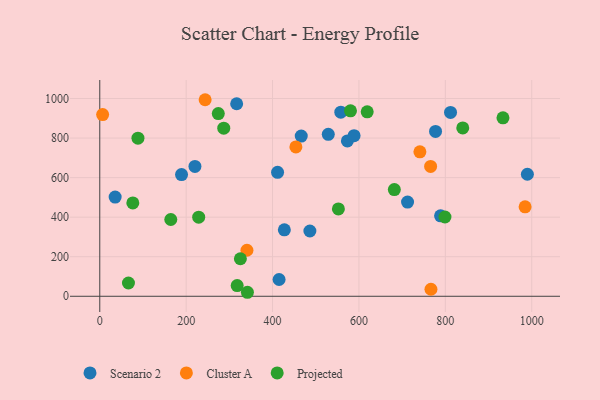
{"axis": {"x": "Investment", "y": "Rating"}, "legend": ["Cluster A", "Projected", "Scenario 2"], "data": [{"x": "777.3", "y": 833.7, "type": "Scenario 2"}, {"x": "788.9", "y": 406.7, "type": "Scenario 2"}, {"x": "989.9", "y": 617.0, "type": "Scenario 2"}, {"x": "529.0", "y": 818.8, "type": "Scenario 2"}, {"x": "466.4", "y": 810.2, "type": "Scenario 2"}, {"x": "712.5", "y": 476.3, "type": "Scenario 2"}, {"x": "411.6", "y": 626.7, "type": "Scenario 2"}, {"x": "35.6", "y": 501.4, "type": "Scenario 2"}, {"x": "316.9", "y": 973.5, "type": "Scenario 2"}, {"x": "812.0", "y": 929.8, "type": "Scenario 2"}, {"x": "220.3", "y": 656.4, "type": "Scenario 2"}, {"x": "189.3", "y": 615.2, "type": "Scenario 2"}, {"x": "427.3", "y": 335.8, "type": "Scenario 2"}, {"x": "573.2", "y": 785.5, "type": "Scenario 2"}, {"x": "558.0", "y": 930.7, "type": "Scenario 2"}, {"x": "588.7", "y": 812.0, "type": "Scenario 2"}, {"x": "415.1", "y": 84.7, "type": "Scenario 2"}, {"x": "486.4", "y": 330.1, "type": "Scenario 2"}, {"x": "741.1", "y": 730.2, "type": "Cluster A"}, {"x": "765.9", "y": 656.6, "type": "Cluster A"}, {"x": "6.6", "y": 918.6, "type": "Cluster A"}, {"x": "454.0", "y": 755.1, "type": "Cluster A"}, {"x": "243.9", "y": 993.8, "type": "Cluster A"}, {"x": "340.7", "y": 232.8, "type": "Cluster A"}, {"x": "984.6", "y": 452.1, "type": "Cluster A"}, {"x": "766.7", "y": 35.5, "type": "Cluster A"}, {"x": "76.5", "y": 472.1, "type": "Projected"}, {"x": "274.4", "y": 923.8, "type": "Projected"}, {"x": "799.1", "y": 400.8, "type": "Projected"}, {"x": "933.4", "y": 902.5, "type": "Projected"}, {"x": "325.5", "y": 189.6, "type": "Projected"}, {"x": "164.4", "y": 388.1, "type": "Projected"}, {"x": "580.4", "y": 937.7, "type": "Projected"}, {"x": "229.0", "y": 400.1, "type": "Projected"}, {"x": "552.4", "y": 441.6, "type": "Projected"}, {"x": "619.1", "y": 932.8, "type": "Projected"}, {"x": "341.8", "y": 20.2, "type": "Projected"}, {"x": "287.0", "y": 849.7, "type": "Projected"}, {"x": "88.4", "y": 799.5, "type": "Projected"}, {"x": "681.9", "y": 539.7, "type": "Projected"}, {"x": "840.3", "y": 851.3, "type": "Projected"}, {"x": "66.4", "y": 67.1, "type": "Projected"}, {"x": "318.1", "y": 54.3, "type": "Projected"}]}